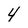
Character: 4